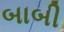
બાબી